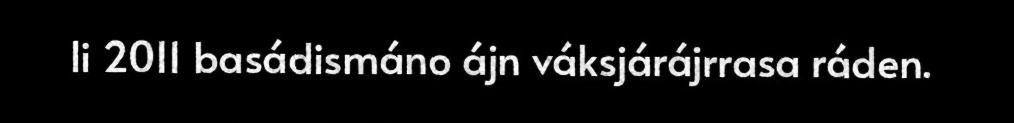
li 2011 basádismáno ájn váksjárájrrasa ráden.